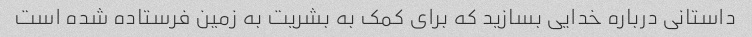
داستانی درباره خدایی بسازید که برای کمک به بشریت به زمین فرستاده شده است